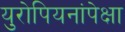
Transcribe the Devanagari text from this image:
युरोपियनांपेक्षा